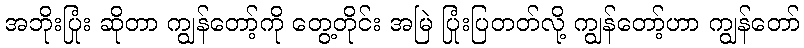
အဘိုးပြုံး ဆိုတာ ကျွန်တော့်ကို တွေ့တိုင်း အမြဲ ပြုံးပြတတ်လို့ ကျွန်တော့်ဟာ ကျွန်တော်